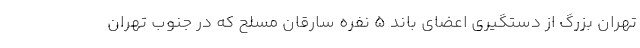
تهران بزرگ از دستگیری اعضای باند ۵ نفره سارقان مسلح که در جنوب تهران